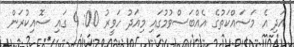
އަދި އެ މަސައްކަތުގެ އެއްބަސްވުމުގައި މިއަދު ހަވީރު 00: 4 ގައި ސޮއިކުރަން